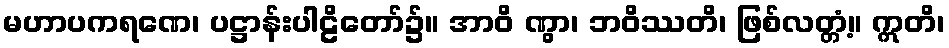
မဟာပကရဏေ၊ ပဋ္ဌာန်းပါဠိတော်၌။ အာဝိ ဏွာ၊ ဘဝိဿတိ၊ ဖြစ်လတ္တံ့။ ဣတိ၊